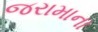
જરામાના